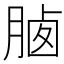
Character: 𣍽